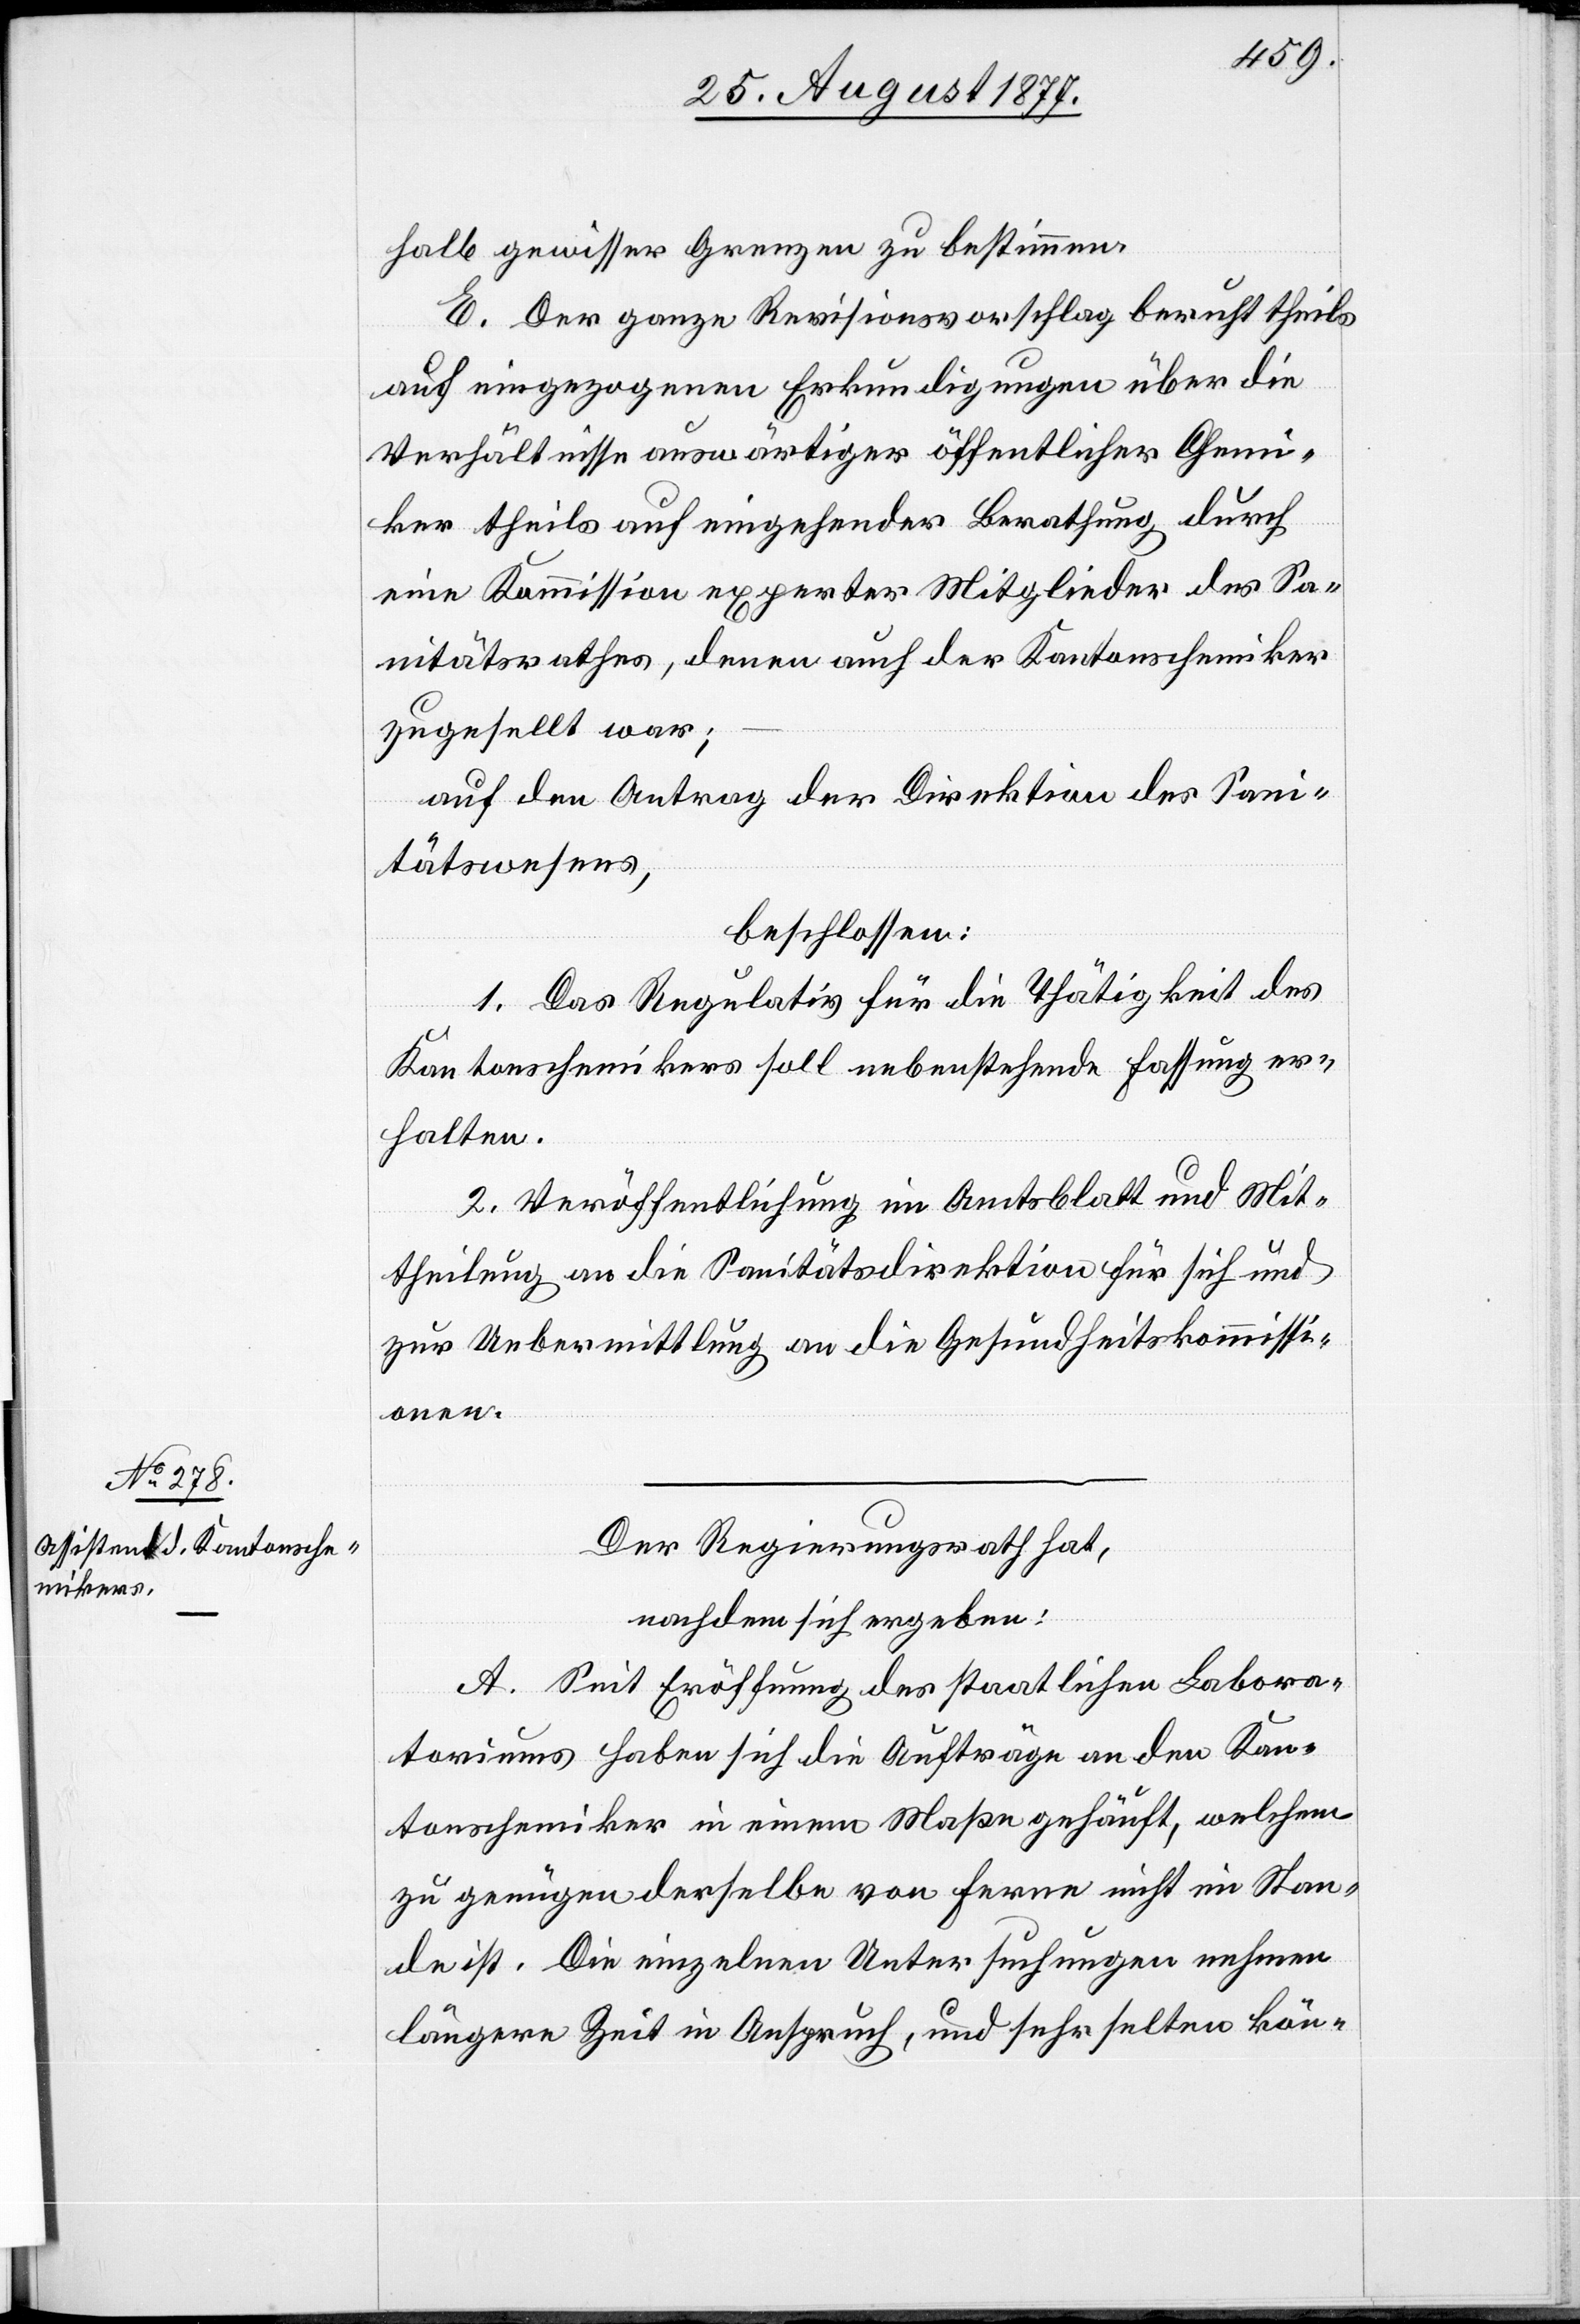
halb gewisser Grenzen zu bestimmen.
E. Der ganze Revisionsvorschlag beruht theils
auf eingezogenen Erkundigungen über die
Verhältnisse auswärtiger öffentlicher Chemi¬
ker theils auf eingehender Berathung durch
eine Kommission experter Mitglieder des Sa¬
nitätsrathes, denen auch der Kantonschemiker
zugesellt war;
auf den Antrag der Direktion des Sani¬
tätswesens,
beschlossen:
1. Das Regulativ für die Thätigkeit des
Kantonschemikers soll nebenstehende Fassung er¬
halten.
2. Veröffentlichung im Amtsblatt und Mit¬
theilung an die Sanitätsdirektion für sich und
zur Uebermittlung an die Gesundheitskommissi¬
onen.
Der Regierungsrath hat,
nachdem sich ergeben:
A. Seit Eröffnung des staatlichen Labora¬
toriums haben sich die Aufträge an den Kan¬
tonschemiker in einem Maße gehäuft, welchem
zu genügen derselbe von Ferne nicht im Stan¬
de ist. Die einzelnen Untersuchungen nehmen
längere Zeit in Anspruch, und sehr selten kön-